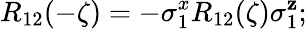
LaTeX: R_{12}(-\zeta)=-\sigma_{1}^{x}R_{12}(\zeta)\sigma_{1}^{\mathbf{z}};